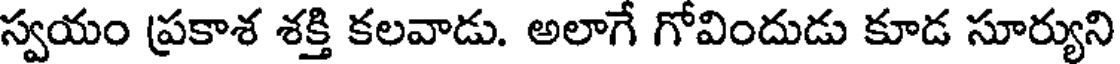
స్వయం ప్రకాశ శక్తి కలవాడు. అలాగే గోవిందుడు కూడ సూర్యుని